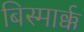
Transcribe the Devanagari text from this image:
बिस्मार्क्क